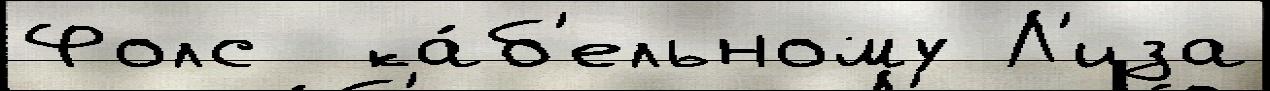
Фолс  ка́б'ельному Л'иза